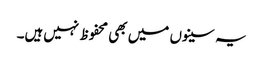
یہ سینوں میں بھی محفوظ نہیں‌ہیں۔